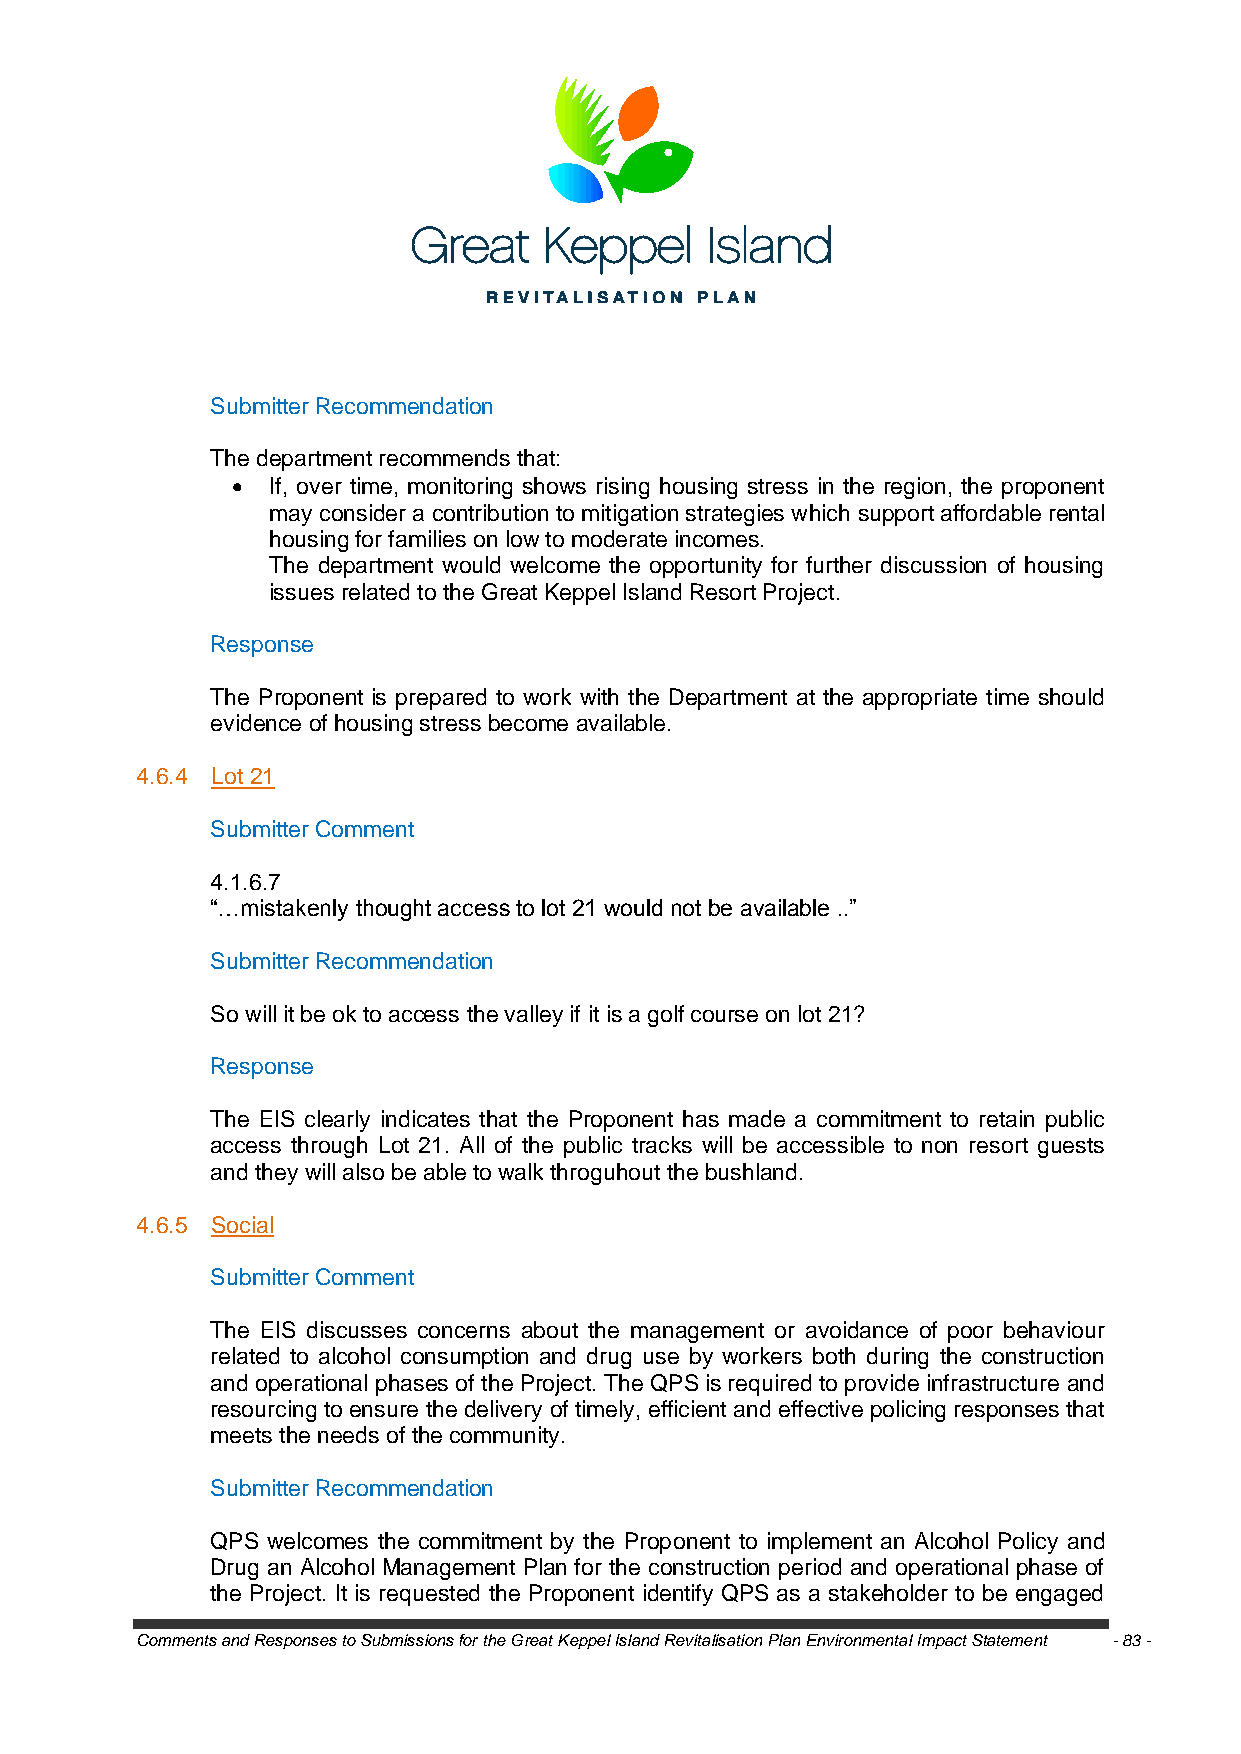
Submitter Recommendation
 The department recommends that:
   If, over time, monitoring shows rising housing stress in the region, the proponent
 may consider a contribution to mitigation strategies which support affordable rental
 housing for families on low to moderate incomes.
 The department would welcome the opportunity for further discussion of housing
 issues related to the Great Keppel Island Resort Project.
 Response
 The Proponent is prepared to work with the Department at the appropriate time should
 evidence of housing stress become available.
 4.6.4 Lot 21
 Submitter Comment
 4.1.6.7
 ―…mistakenly thought access to lot 21 would not be available ..‖
 Submitter Recommendation
 So will it be ok to access the valley if it is a golf course on lot 21?
 Response
 The EIS clearly indicates that the Proponent has made a commitment to retain public
 access through Lot 21. All of the public tracks will be accessible to non resort guests
 and they will also be able to walk throguhout the bushland.
 4.6.5 Social
 Submitter Comment
 The EIS discusses concerns about the management or avoidance of poor behaviour
 related to alcohol consumption and drug use by workers both during the construction
 and operational phases of the Project. The QPS is required to provide infrastructure and
 resourcing to ensure the delivery of timely, efficient and effective policing responses that
 meets the needs of the community.
 Submitter Recommendation
 QPS welcomes the commitment by the Proponent to implement an Alcohol Policy and
 Drug an Alcohol Management Plan for the construction period and operational phase of
 the Project. It is requested the Proponent identify QPS as a stakeholder to be engaged
 Comments and Responses to Submissions for the Great Keppel Island Revitalisation Plan Environmental Impact Statement - 83 -